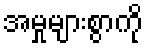
အမှုများစွာကို